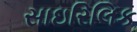
સાઇરિલિક